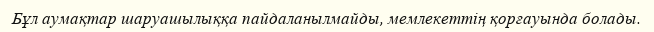
Бұл аумақтар шаруашылыққа пайдаланылмайды, мемлекеттің қорғауында болады.